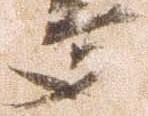
多